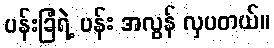
ပန်းခြံရဲ့ ပန်း အလွန် လှပတယ်။